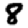
Digit: 8